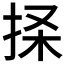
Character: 𰓨